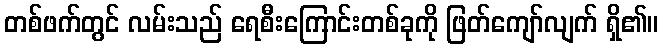
တစ်ဖက်တွင် လမ်းသည် ရေစီးကြောင်းတစ်ခုကို ဖြတ်ကျော်လျက် ရှိ၏။